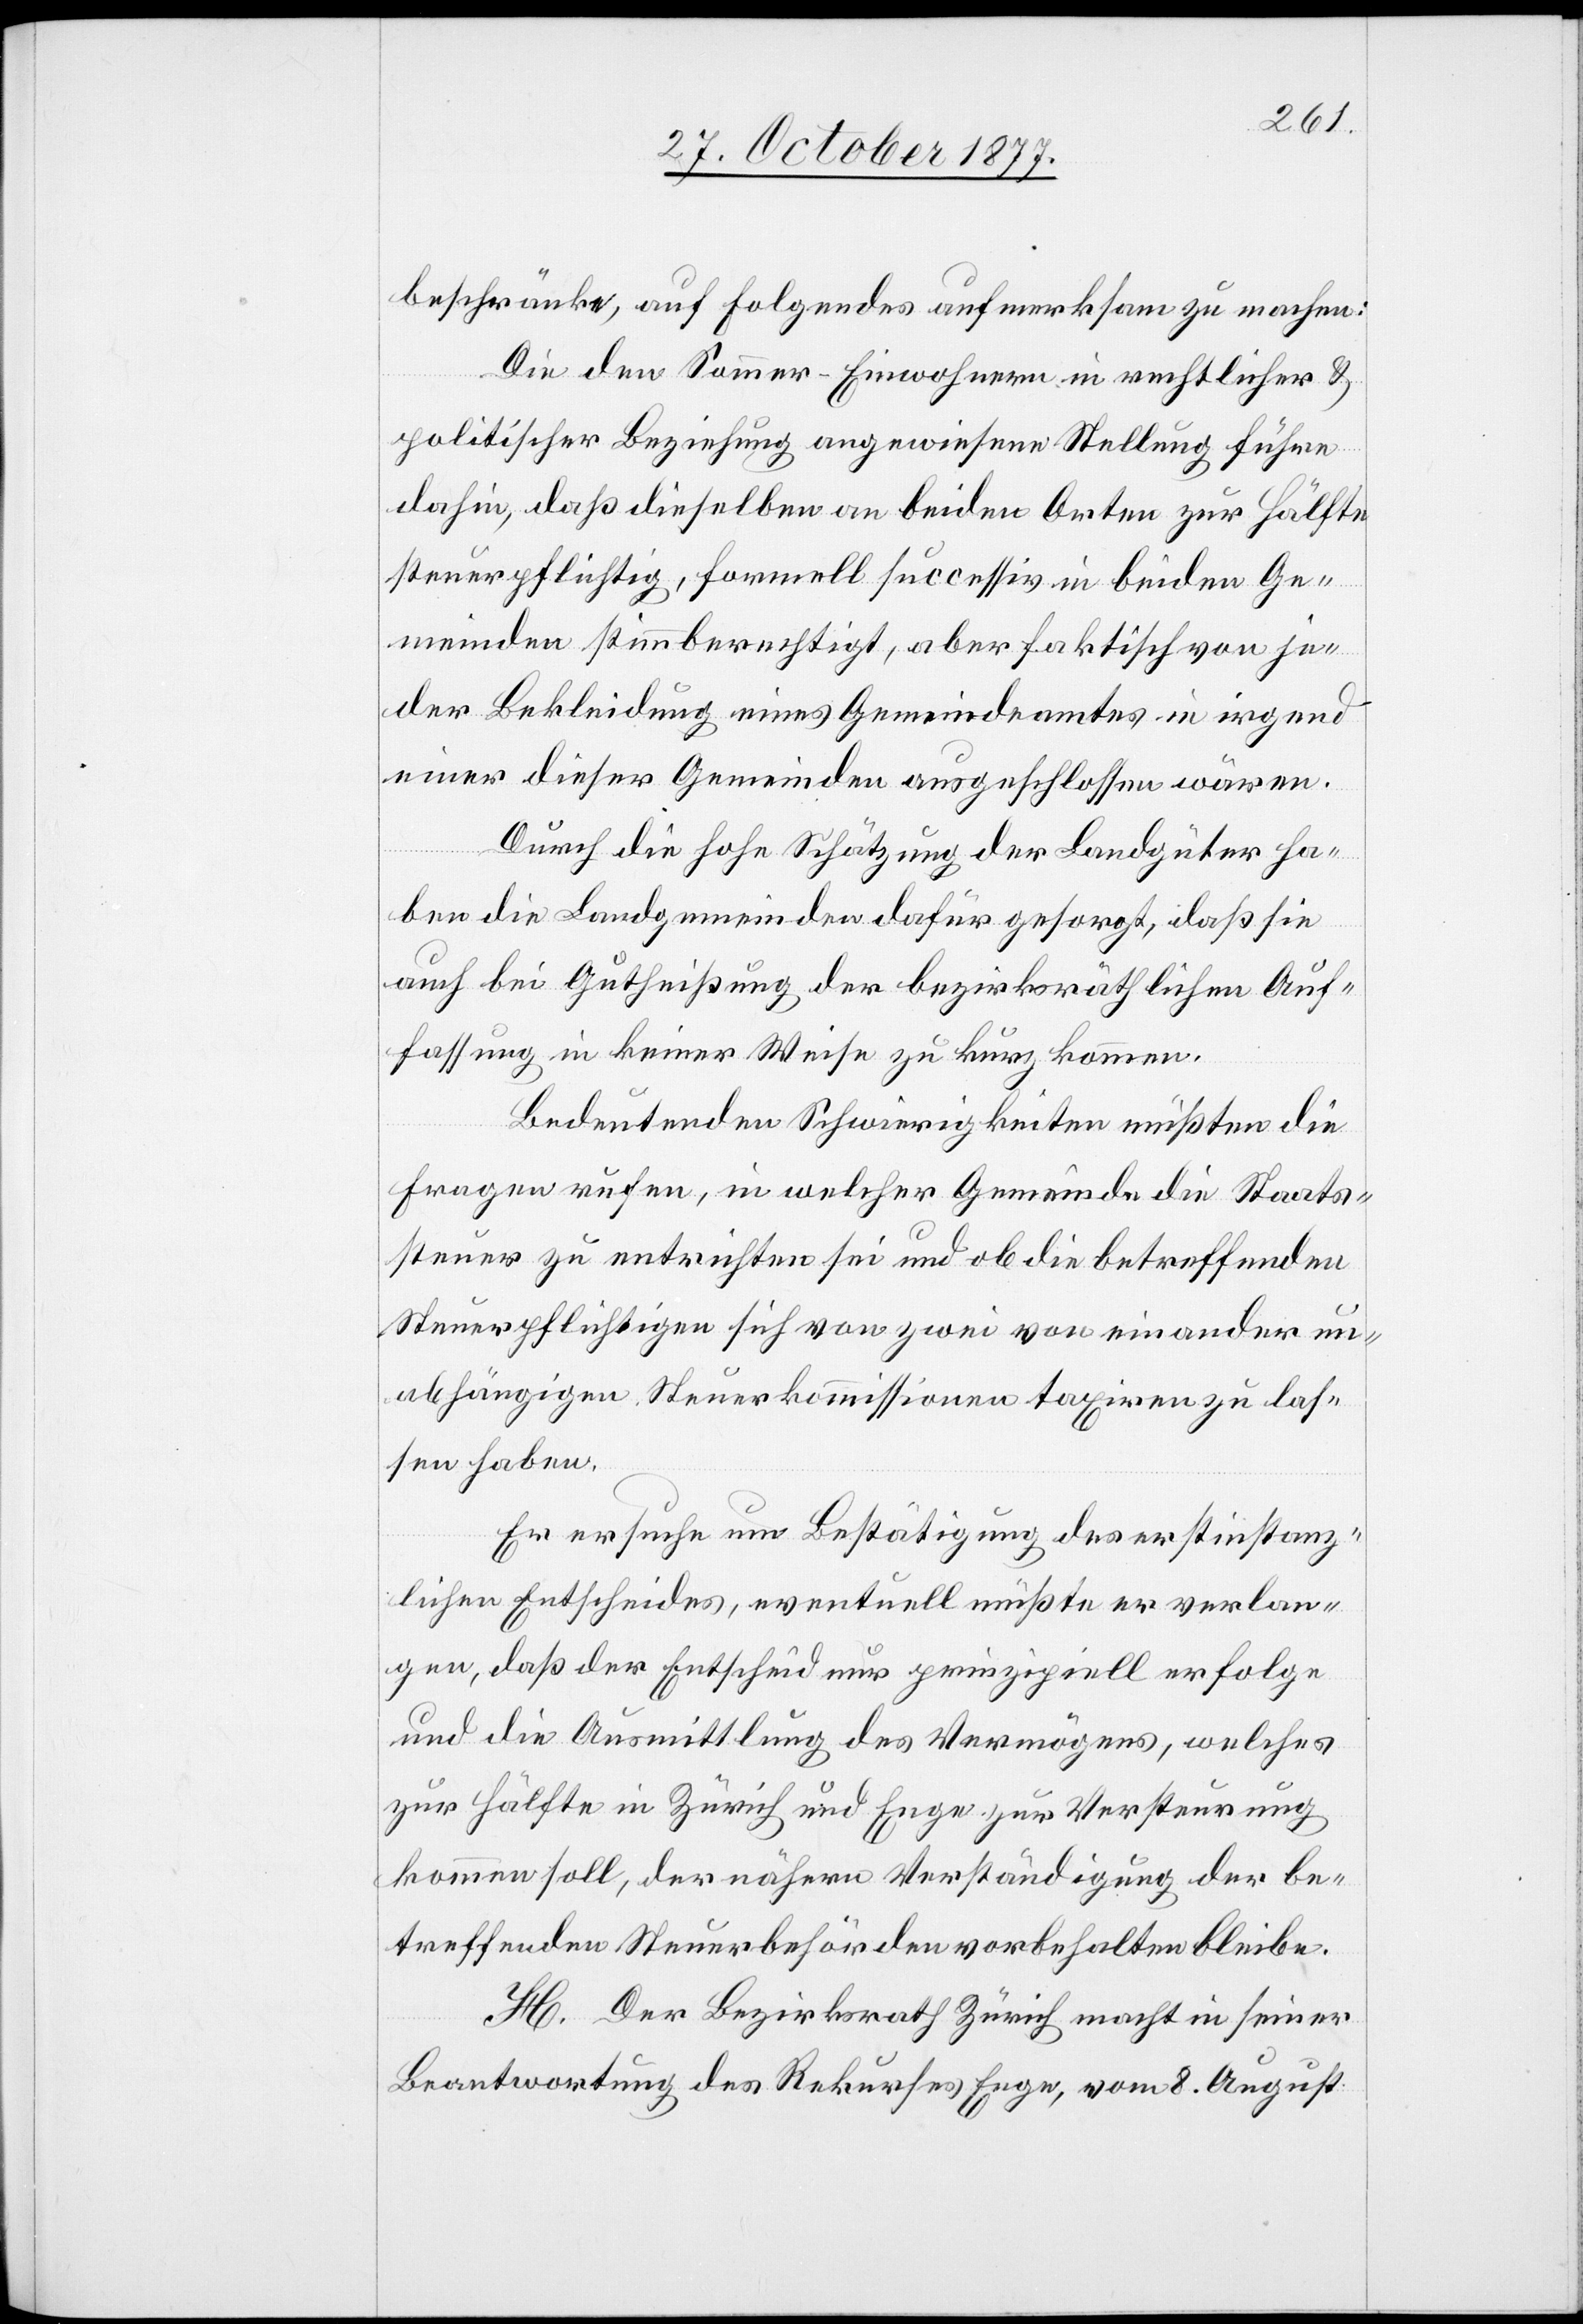
beschränke, auf Folgendes aufmerksam zu machen:
Die den Sommer-Einwohnern in rechtlicher &
politischer Beziehung angewiesene Stellung führe
dahin, daß dieselben an beiden Orten zur Hälfte
steuerpflichtig, formell successiv in beiden Ge¬
meinden stimmberechtigt, aber faktisch von je¬
der Bekleidung eines Gemeindeamtes in irgend
einer dieser Gemeinden ausgeschlossen wären.
Durch die hohe Schätzung der Landgüter ha¬
ben die Landgemeinden dafür gesorgt, daß sie
auch bei Gutheißung der bezirksräthlichen Auf¬
fassung in keiner Weise zu kurz kommen.
Bedeutenden Schwierigkeiten müßten die
Fragen rufen, in welcher Gemeinde die Staats¬
steuer zu entrichten sei und ob die betreffenden
Steuerpflichtigen sich von zwei von einander un¬
abhängigen Steuerkommissionen taxiren zu las¬
sen haben.
Er ersuche um Bestätigung des erstinstanz¬
lichen Entscheides, eventuell müßte er verlan¬
gen, daß der Entscheid nur prinzipiell erfolge
und die Ausmittlung des Vermögens, welches
zur Hälfte in Zürich und Enge zur Versteurung
kommen soll, der nähern Verständigung der be¬
treffenden Steuerbehörden vorbehalten bleibe.
H. Der Bezirksrath Zürich macht in seiner
Beantwortung des Rekurses Enge, vom 8. August